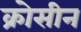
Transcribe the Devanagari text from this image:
क्रोसीन